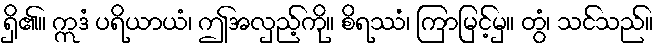
ရှိ၏။ ဣဒံ ပရိယာယံ၊ ဤအလှည့်ကို။ စိရဿံ၊ ကြာမြင့်မှ။ တွံ၊ သင်သည်။